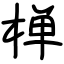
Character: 椫